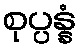
စုပ္ပန္နံ